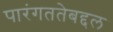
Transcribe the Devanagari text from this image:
पारंगततेबद्दल